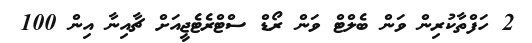
2 ހަފްތާކުރިން ވަން ބެލްޓް ވަން ރޯޑް ސްޓްރެޓެޖީއަށް ޗާއިނާ އިން 100